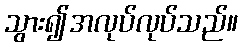
သွား၍အလုပ်လုပ်သည်။